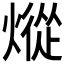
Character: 𰟕